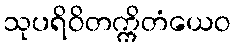
သုပရိဝိတက္ကိတံယေဝ